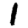
Digit: 1